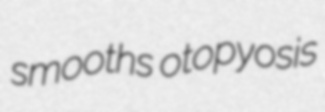
smooths otopyosis